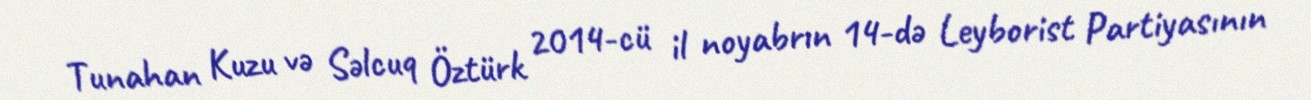
Tunahan Kuzu və Səlcuq Öztürk 2014-cü il noyabrın 14-də Leyborist Partiyasının